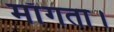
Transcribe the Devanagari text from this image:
माँगता।